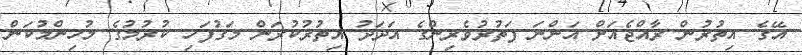
އޭގެ އިތުރުން ރާއްޖެއަށް އަންނަ ފަތުރުވެރިންގެ އަދަދު އިތުރުކުރަން މަގުފަހި ކުރުމުގެ މުހިންމުކަން